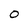
Character: 0